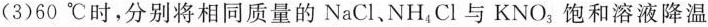
(3)60℃时，分别将相同质量的NaCl、NH_{4}Cl与KNO_{3}，饱和溶液降温